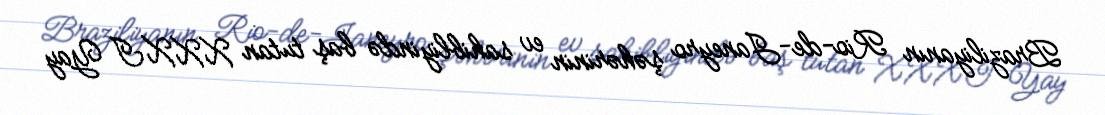
Braziliyanın Rio-de-Janeyro şəhərinin ev sahibliyində baş tutan XXXI Yay